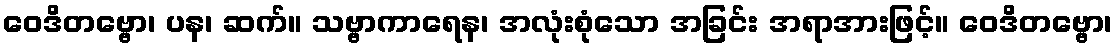
ဝေဒိတဗ္ဗော၊ ပန၊ ဆက်။ သဗ္ဗာကာရေန၊ အလုံးစုံသော အခြင်း အရာအားဖြင့်။ ဝေဒိတဗ္ဗော၊